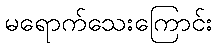
မရောက်သေးကြောင်း